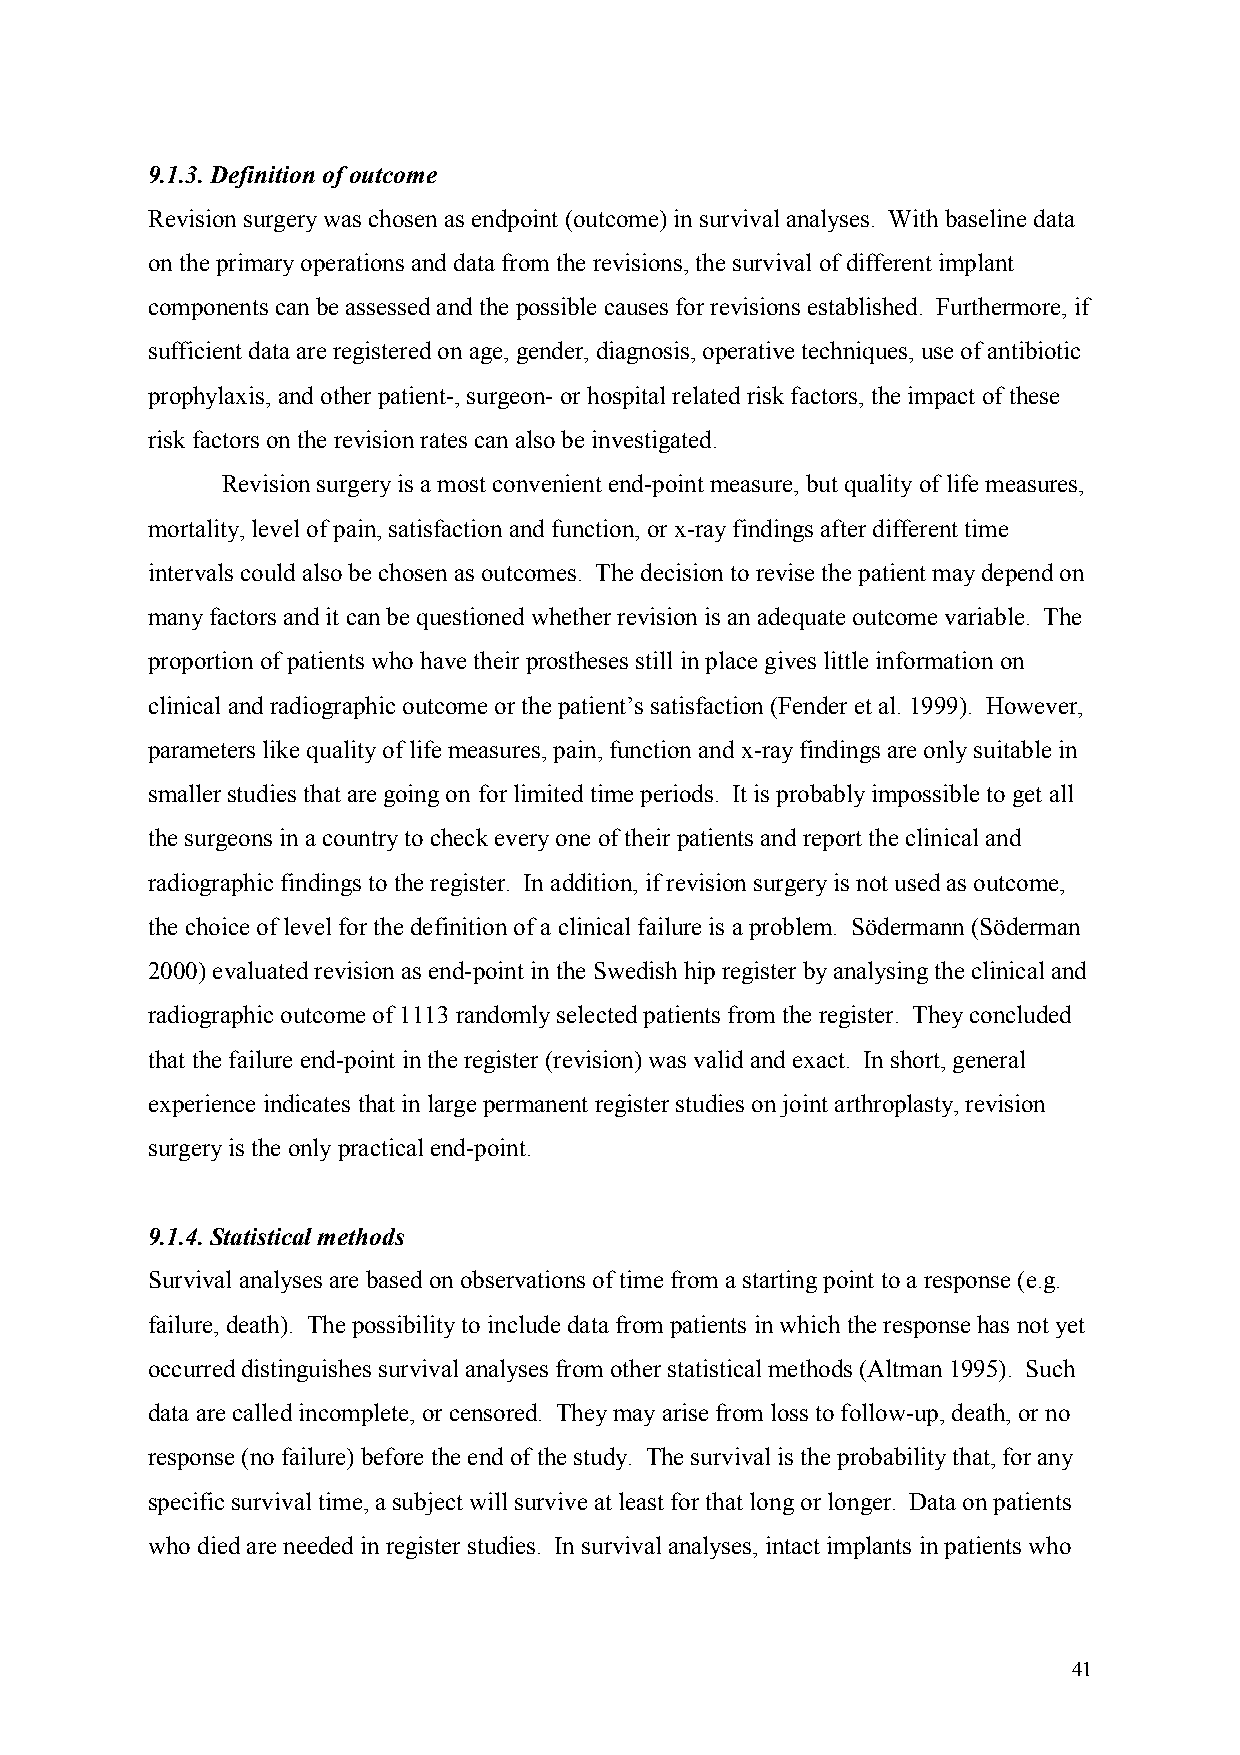
9.1.3. Definition of outcome
 Revision surgery was chosen as endpoint (outcome) in survival analyses. With baseline data
 on the primary operations and data from the revisions, the survival of different implant
 components can be assessed and the possible causes for revisions established. Furthermore, if
 sufficient data are registered on age, gender, diagnosis, operative techniques, use of antibiotic
 prophylaxis, and other patient-, surgeon- or hospital related risk factors, the impact of these
 risk factors on the revision rates can also be investigated.
 Revision surgery is a most convenient end-point measure, but quality of life measures,
 mortality, level of pain, satisfaction and function, or x-ray findings after different time
 intervals could also be chosen as outcomes. The decision to revise the patient may depend on
 many factors and it can be questioned whether revision is an adequate outcome variable. The
 proportion of patients who have their prostheses still in place gives little information on
 clinical and radiographic outcome or the patient’s satisfaction (Fender et al. 1999). However,
 parameters like quality of life measures, pain, function and x-ray findings are only suitable in
 smaller studies that are going on for limited time periods. It is probably impossible to get all
 the surgeons in a country to check every one of their patients and report the clinical and
 radiographic findings to the register. In addition, if revision surgery is not used as outcome,
 the choice of level for the definition of a clinical failure is a problem. Södermann (Söderman
 2000) evaluated revision as end-point in the Swedish hip register by analysing the clinical and
 radiographic outcome of 1113 randomly selected patients from the register. They concluded
 that the failure end-point in the register (revision) was valid and exact. In short, general
 experience indicates that in large permanent register studies on joint arthroplasty, revision
 surgery is the only practical end-point.
 9.1.4. Statistical methods
 Survival analyses are based on observations of time from a starting point to a response (e.g.
 failure, death). The possibility to include data from patients in which the response has not yet
 occurred distinguishes survival analyses from other statistical methods (Altman 1995). Such
 data are called incomplete, or censored. They may arise from loss to follow-up, death, or no
 response (no failure) before the end of the study. The survival is the probability that, for any
 specific survival time, a subject will survive at least for that long or longer. Data on patients
 who died are needed in register studies. In survival analyses, intact implants in patients who
 41